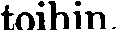
toihin.